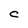
Character: C